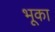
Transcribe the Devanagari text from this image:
भूका